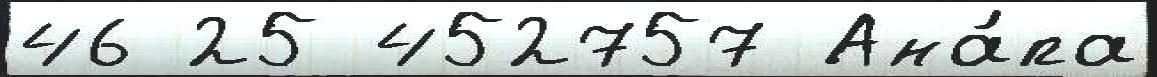
46 25 452757 Ана́па